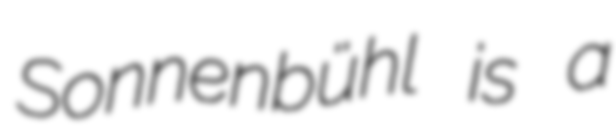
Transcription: Sonnenbühl is a